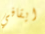
ايقافي